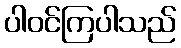
ပါဝင်ကြပါသည်